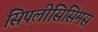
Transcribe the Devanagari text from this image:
सिपलीसिसिमस